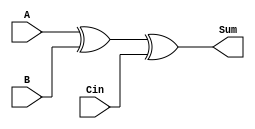
module FullAdder(A,B,Cin, Sum);
	input A,B, Cin;
	output Sum;
	assign Sum= A^B^Cin;
endmodule

module CLA(Sum, Carry, A, B, iniC);
	input [31:0] A,B;
	output [31:0] Sum;
	output Carry;
	input iniC;
	
	reg [1:0] kgp[0:31];//Each location has two bits
	reg [31:0] Cin;//Input carry after final stage
	
	reg [1:0] kgp2[0:31];//Final kpg array
	reg [1:0] kgp_t1[0:31];//Temporary arrays for changing
	reg [1:0] kgp_t2[0:31];
	reg [5:0] i,j,k,m,n,o;//Loop variables
	reg [1:0] access, inaccess1, inaccess2;//Two bit vectors for each location

	//Bit Zero requires different calculations.`include "FullAdder.v"
	//Using k maps we get equations for bit 0
	always @* begin
	
		//bit0
		//access = kgp[0];
		access[1] = A[0]&B[0] | A[0]&iniC | B[0]&iniC ;
		access[0] = A[0]&B[0] | A[0]&iniC | B[0]&iniC ;
		kgp[0] = access;

		
		o = 6'b000001;//Loop variable---6 bit 32	
		//bit i
		/*
		Kpg calculation takes place here for all the 32 bits
		*/
		while(o<=31)
		begin
			//access = kgp[o];
			access[1] = A[o] & B[o];
			access[0] = A[o] | B[o];
			kgp[o] = access;

			o=o+1;
		end
		//$display("%b %b %b %b %b %b %b %b %b %b %b %b %b %b %b %b %b %b %b %b %b %b %b %b %b %b %b %b %b %b %b %b",kgp[31],kgp[30],kgp[29],kgp[28],kgp[27],kgp[26],kgp[25],kgp[24],kgp[23],kgp[22],kgp[21],kgp[20],kgp[19],kgp[18],kgp[17],kgp[16], kgp[15],kgp[14],kgp[13],kgp[12],kgp[11],kgp[10],kgp[9],kgp[8],kgp[7],kgp[6],kgp[5],kgp[4],kgp[3],kgp[2],kgp[1],kgp[0]);
		
		for(n=0; n<=31; n=n+1)
		begin
			kgp2[n] = kgp[n];//Final array stores the copy of first kpg array initially
			kgp_t2[n] = kgp[n];
			kgp_t1[n] = kgp[n];
		end
		i=6'b000001;//Loop variable for calculation
		//----Calculation takes place as step-i,step-i+2,step-i+4,..step-i+8
		
		while(i<32)//i is number of shifts 
			begin
				j=i;           //j is used to calculate along the whole array the prefix sum of j and j-i
				while(j<32)
					begin
						inaccess1 = kgp_t1[j-i];      //Each bit calculations
						inaccess2 = kgp_t2[j];
						access[1] = inaccess1[1] & inaccess2[0] | inaccess2[1];
						access[0] = inaccess1[0] & inaccess2[0] | inaccess2[1];
						kgp2[j] = access;

						j=j+1;
					end

				//$display("%b %b %b %b %b %b %b %b %b %b %b %b %b %b %b %b %b %b %b %b %b %b %b %b %b %b %b %b %b %b %b %b",kgp2[31],kgp2[30],kgp2[29],kgp2[28],kgp2[27],kgp2[26],kgp2[25],kgp2[24],kgp2[23],kgp2[22],kgp2[21],kgp2[20],kgp2[19],kgp2[18],kgp2[17],kgp2[16], kgp2[15],kgp2[14],kgp2[13],kgp2[12],kgp2[11],kgp2[10],kgp2[9],kgp2[8],kgp2[7],kgp2[6],kgp2[5],kgp2[4],kgp2[3],kgp2[2],kgp2[1],kgp2[0]);
				
				for(k=0; k<=31; k=k+1)
				begin
					kgp_t1[k] = kgp2[k];//Temporary arrays for the next stage
					kgp_t2[k] = kgp2[k];
				end

				i=i<<1;

			end
		
		m = 6'b000000;
		while(m<32)
			begin
				access = kgp2[m];
				Cin[m] = access[0]&access[1];
				m=m+1;
			end
		
		//$display("%b %b %b %b %b %b %b %b %b %b %b %b %b %b %b %b %b %b %b %b %b %b %b %b %b %b %b %b %b %b %b %b",kgp2[31],kgp2[30],kgp2[29],kgp2[28],kgp2[27],kgp2[26],kgp2[25],kgp2[24],kgp2[23],kgp2[22],kgp2[21],kgp2[20],kgp2[19],kgp2[18],kgp2[17],kgp2[16], kgp2[15],kgp2[14],kgp2[13],kgp2[12],kgp2[11],kgp2[10],kgp2[9],kgp2[8],kgp2[7],kgp2[6],kgp2[5],kgp2[4],kgp2[3],kgp2[2],kgp2[1],kgp2[0]);
	end

	/*
	Sums are calculated below
	*/
	FullAdder f1(A[0],B[0],iniC,Sum[0]);
	FullAdder f2(A[1],B[1],Cin[0],Sum[1]);
	FullAdder f3(A[2],B[2],Cin[1],Sum[2]);
	FullAdder f4(A[3],B[3],Cin[2],Sum[3]);
	FullAdder f5(A[4],B[4],Cin[3],Sum[4]);
	FullAdder f6(A[5],B[5],Cin[4],Sum[5]);
	FullAdder f7(A[6],B[6],Cin[5],Sum[6]);
	FullAdder f8(A[7],B[7],Cin[6],Sum[7]);
	FullAdder f9(A[8],B[8],Cin[7],Sum[8]);
	FullAdder f10(A[9],B[9],Cin[8],Sum[9]);
	FullAdder f11(A[10],B[10],Cin[9],Sum[10]);
	FullAdder f12(A[11],B[11],Cin[10],Sum[11]);
	FullAdder f13(A[12],B[12],Cin[11],Sum[12]);
	FullAdder f14(A[13],B[13],Cin[12],Sum[13]);
	FullAdder f15(A[14],B[14],Cin[13],Sum[14]);
	FullAdder f16(A[15],B[15],Cin[14],Sum[15]);
	FullAdder f17(A[16],B[16],Cin[15],Sum[16]);
	FullAdder f18(A[17],B[17],Cin[16],Sum[17]);
	FullAdder f19(A[18],B[18],Cin[17],Sum[18]);
	FullAdder f20(A[19],B[19],Cin[18],Sum[19]);
	FullAdder f21(A[20],B[20],Cin[19],Sum[20]);
	FullAdder f22(A[21],B[21],Cin[20],Sum[21]);
	FullAdder f23(A[22],B[22],Cin[21],Sum[22]);
	FullAdder f24(A[23],B[23],Cin[22],Sum[23]);
	FullAdder f25(A[24],B[24],Cin[23],Sum[24]);
	FullAdder f26(A[25],B[25],Cin[24],Sum[25]);
	FullAdder f27(A[26],B[26],Cin[25],Sum[26]);
	FullAdder f28(A[27],B[27],Cin[26],Sum[27]);
	FullAdder f29(A[28],B[28],Cin[27],Sum[28]);
	FullAdder f30(A[29],B[29],Cin[28],Sum[29]);
	FullAdder f31(A[30],B[30],Cin[29],Sum[30]);
	FullAdder f32(A[31],B[31],Cin[30],Sum[31]);

	
	assign Carry = Cin[31];
		
endmodule

module CLA64(input [63:0]a,input [63:0]b,input cin,output [63:0]out,output cout);
    wire ctmp;
	CLA l91 (out[31:0], ctmp, a[31:0], b[31:0], cin);
	CLA l92 (out[63:32],, a[63:32], b[63:32], ctmp);
endmodule